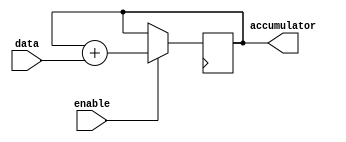
module accumulator(
    input wire [7:0] data,
    input wire enable,
    output reg [15:0] accumulator
);

always @(posedge clk)
begin
    if(enable)
        accumulator <= accumulator + data;
end

endmodule